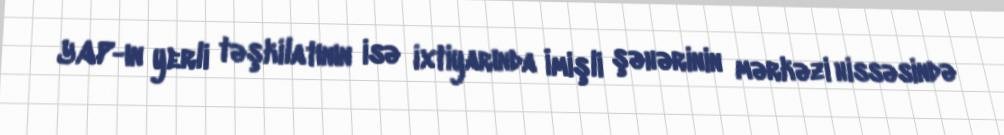
YAP-ın yerli təşkilatının isə ixtiyarında İmişli şəhərinin mərkəzi hissəsində